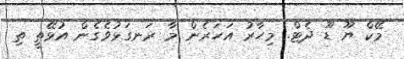
މޭކް ޔޫ ޑޫ ދެޓް. މިހާރު އަހަރެން މާ ރަނގަޅުވެގެން އުޅޭތީ ތި